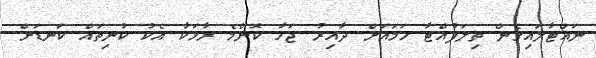
ނައްޓާލައިގެން ތިލަފުއްޓާ ހަމައަށް ދާއިރު ޖަހާ ކޮންމެ ރާޅަކާ އެކު ކުނިތައް ކަނޑަށް